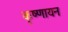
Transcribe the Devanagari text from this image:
कृष्‍णायन